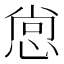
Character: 𭝒